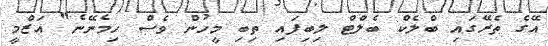
އޭގެ ތެރޭގައި ބްލެކް ބެލްޓް ލިބިފައި ތިބި މީހުން ވެސް ހިމެނޭނެ" އަޒްމީ